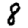
Digit: 8